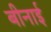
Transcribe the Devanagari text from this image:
बीनाई